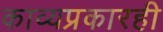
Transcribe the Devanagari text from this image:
काव्यप्रकारही